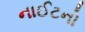
નાઈટનો